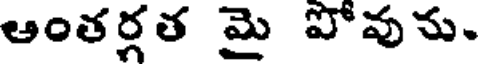
ఆంతర్గత మై పోవును.